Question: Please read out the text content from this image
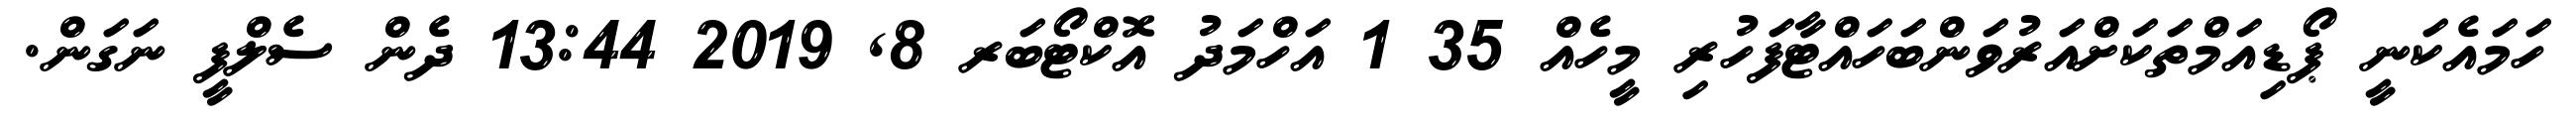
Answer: ހަމައެކަނީ ޕޯޑިއަމްތަކަށްއަރުވަންބަހައްޓާފަހުރި މީހެއް 35 1 އަހްމަދު އޮކްޓޯބަރ 8, 2019 13:44 ދެން ސެލްފީ ނަގަން.